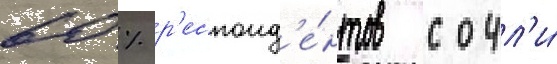
60 % р'еспонд'е́нтов сочл'и́